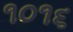
૧૦૧૬